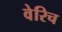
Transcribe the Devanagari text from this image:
वेरिच